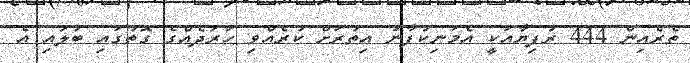
ތެރެއިން 444 ރުފިޔާއަކީ އެމަނިކުފާނު އިތުރަށް ކުރެއްވި ހަރަދެއްގެ ގޮތުގައި ބަލައި އެ